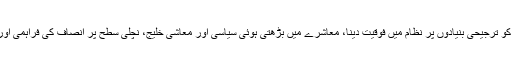
وسائل کی منصفانہ تقسیم، عام آدمی کی ترجیحات کا تعین، کمزور طبقات کو ترجیحی بنیادوں پر نظام میں فوقیت دینا، معاشرے میں بڑھتی ہوئی سیاسی اور معاشی خلیج، نچلی سطح پر انصاف کی فراہمی اور مقامی سطح پر ایک ایسا نظام حکومت جس پر سب طبقات کی رسائی ہو۔